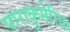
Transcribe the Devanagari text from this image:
पाराकुमेरिक